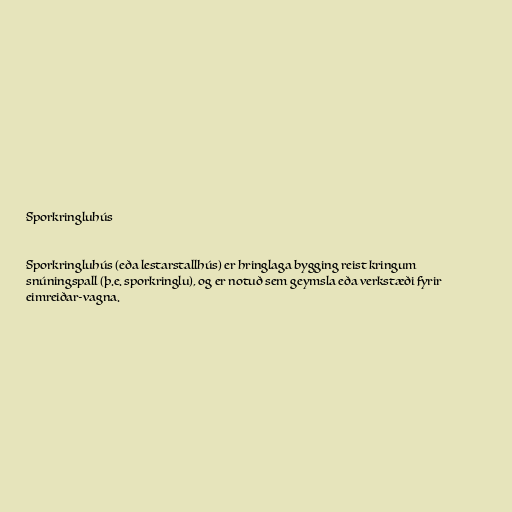
Sporkringluhús

Sporkringluhús (eða lestarstallhús) er hringlaga bygging reist kringum
snúningspall (þ.e. sporkringlu), og er notuð sem geymsla eða verkstæði fyrir
eimreiðar-vagna.